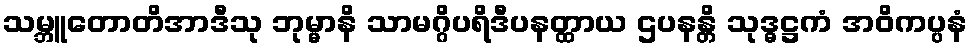
သမ္ဘူတောတိအာဒီသု ဘုမ္မာနိ သာမဂ္ဂိပရိဒီပနတ္ထာယ ဌပနန္တိ သုဒ္ဓဋ္ဌကံ အဝိကပ္ပနံ